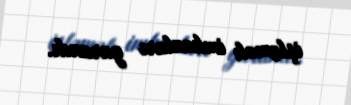
işləmək imkanları yarandı.